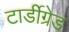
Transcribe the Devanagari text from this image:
टार्डीग्रेड